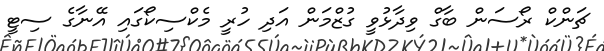
ޗަންކް ރޯސަން ބާގް ވިދާޅުވީ ގުޒްމަން އަދި ހުރީ މެކްސިކޯގައި އޭނާގެ ސިޓީ